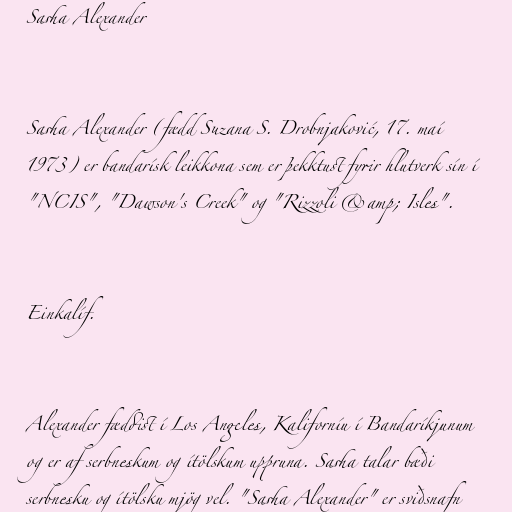
Sasha Alexander

Sasha Alexander (fædd Suzana S. Drobnjaković, 17. maí
1973) er bandarísk leikkona sem er þekktust fyrir hlutverk sín í
"NCIS", "Dawson's Creek" og "Rizzoli &amp; Isles".

Einkalíf.

Alexander fæddist í Los Angeles, Kaliforníu í Bandaríkjunum
og er af serbneskum og ítölskum uppruna. Sasha talar bæði
serbnesku og ítölsku mjög vel. "Sasha Alexander" er sviðsnafn